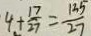
4 + \frac { 1 7 } { 2 7 } = \frac { 1 3 5 } { 2 7 }